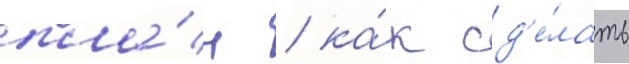
пла́н / ка́к сд'е́лать